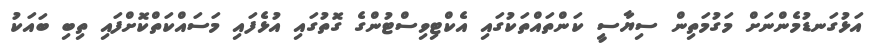
އަޅުގަނޑުމެންނަށް މަގުމަތިން ސިޔާސީ ކަންތައްތަކުގައި އެކްޓިވިސްޓުންގެ ގޮތުގައި އުޅެފައި މަސައްކަތްކޮށްފައި ތިބި ބައަކު